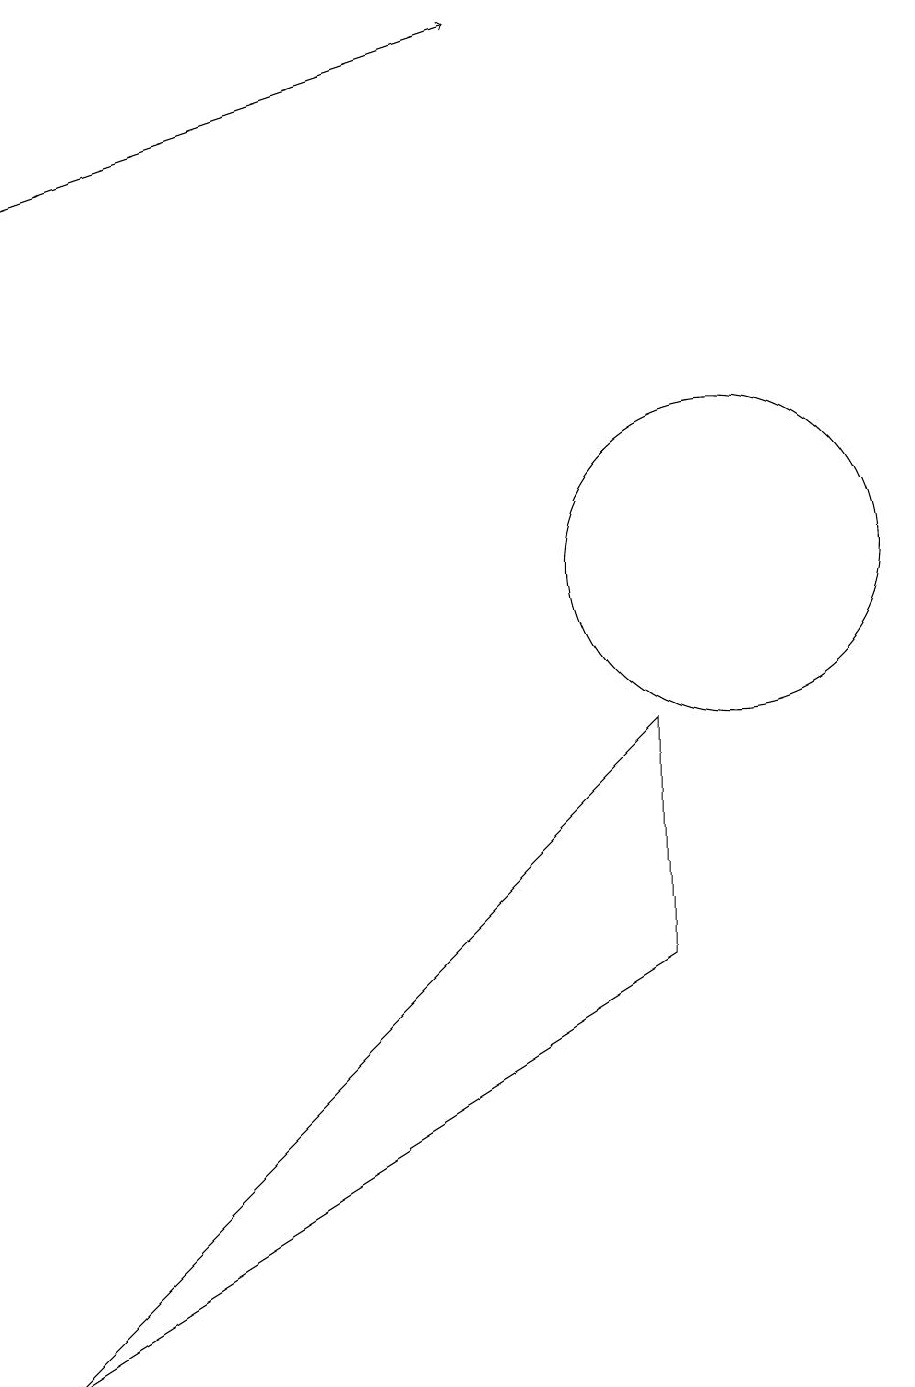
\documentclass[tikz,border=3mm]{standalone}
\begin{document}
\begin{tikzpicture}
\draw[->] (1,15) -- (7,17);
\draw (10,10) circle (2);
\draw (1,0) -- (9,8) -- (9,5) -- cycle;
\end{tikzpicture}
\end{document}